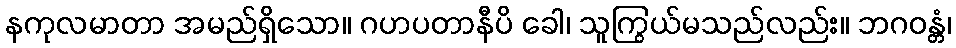
နကုလမာတာ အမည်ရှိသော။ ဂဟပတာနီပိ ခေါ၊ သူကြွယ်မသည်လည်း။ ဘဂဝန္တံ၊